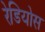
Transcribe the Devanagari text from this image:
रेडियोस